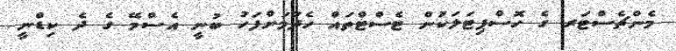
މެންޗެސްޓަރ ގެ ހޮސްޕިޓަލަކުން ޓެސްޓްތައް ހެދުމަށްފަހު ބުނީ އެސްމޭ ގެ ދެ ކިޑްނީ